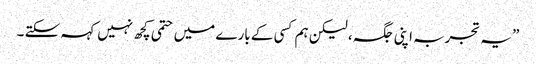
” یہ تجربہ اپنی جگہ ، لیکن ہم کسی کے بارے میں حتمی کچھ نہیں کہہ سکتے ۔